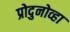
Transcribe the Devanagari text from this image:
प्रोदुनोव्हा